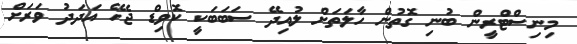
މިނިސްޓްރީން ބުނި ގޮތުން ހާލަތަށް ލުއިދޭ ސަބަބަކީ ކޮވިޑް ޖެހޭ އަދަދު ވަރަށް